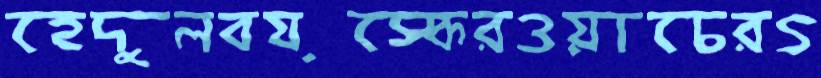
হেদুলবয়স্কেরওয়াচেরত্